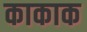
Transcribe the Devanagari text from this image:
काकाक